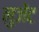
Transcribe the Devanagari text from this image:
नुजेंट